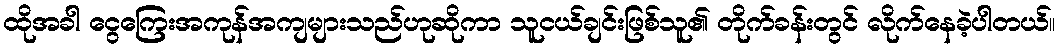
ထိုအခါ ငွေကြေးအကုန်အကျများသည်ဟုဆိုကာ သူငယ်ချင်းဖြစ်သူ၏ တိုက်ခန်းတွင် လိုက်နေခဲ့ပါတယ်။